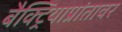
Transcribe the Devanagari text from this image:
बैक्ट्रियाप्रांतावर